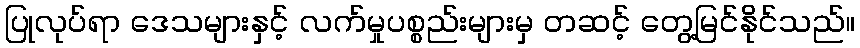
ပြုလုပ်ရာ ဒေသများနှင့် လက်မှုပစ္စည်းများမှ တဆင့် တွေ့မြင်နိုင်သည်။